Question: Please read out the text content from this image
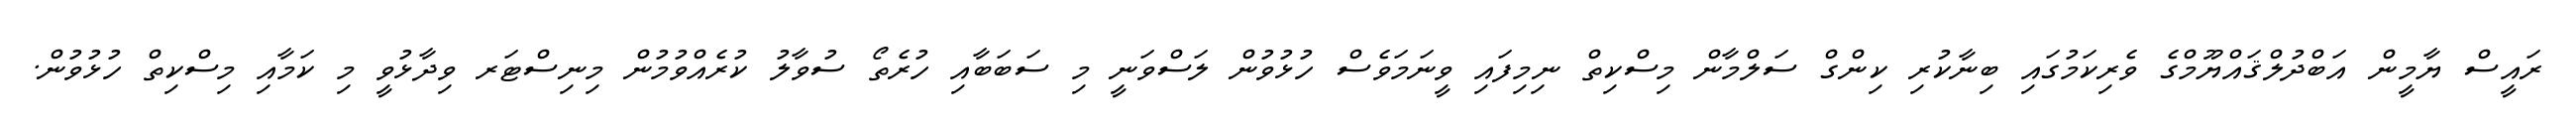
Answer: ރައީސް ޔާމީން އަބްދުލްޤައްޔޫމްގެ ވެރިކަމުގައި ބިނާކުރި ކިންގް ސަލްމާން މިސްކިތް ނިމިފައި ވީނަމަވެސް ހުޅުވުން ލަސްވަނީ މި ސަބަބާއި ހުރެތޯ ސުވާލު ކުރެއްވުމުން މިނިސްޓަރ ވިދާޅުވީ މި ކަމާއި މިސްކިތް ހުޅުވުން.